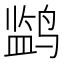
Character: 𬸡